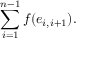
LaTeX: \sum _ { i = 1 } ^ { n - 1 } f ( e _ { i , i + 1 } ) .